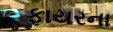
ફાયરના